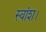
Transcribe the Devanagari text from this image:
स्वांश।